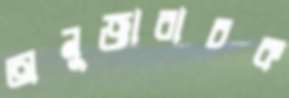
অনুজ্ঞাবাচক